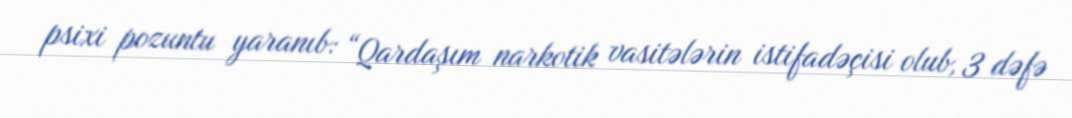
psixi pozuntu yaranıb: “Qardaşım narkotik vasitələrin istifadəçisi olub, 3 dəfə